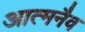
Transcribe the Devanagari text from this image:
आत्मनैव